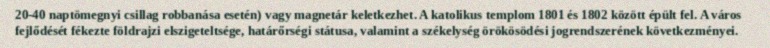
20-40 naptömegnyi csillag robbanása esetén) vagy magnetár keletkezhet. A katolikus templom 1801 és 1802 között épült fel. A város fejlődését fékezte földrajzi elszigeteltsége, határőrségi státusa, valamint a székelység örökösödési jogrendszerének következményei.